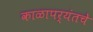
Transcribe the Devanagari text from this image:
काळापर्यंतचे